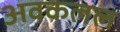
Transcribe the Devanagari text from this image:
अवकलल